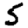
Digit: 5